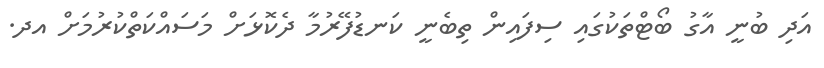
އަދި ބުނީ އާގު ބޯޓްތަކުގައި ސިފައިން ތިބެނީ ކަނޑުފޭރުމާ ދެކޮޅަށް މަސައްކަތްކުރުމަށް އދ.